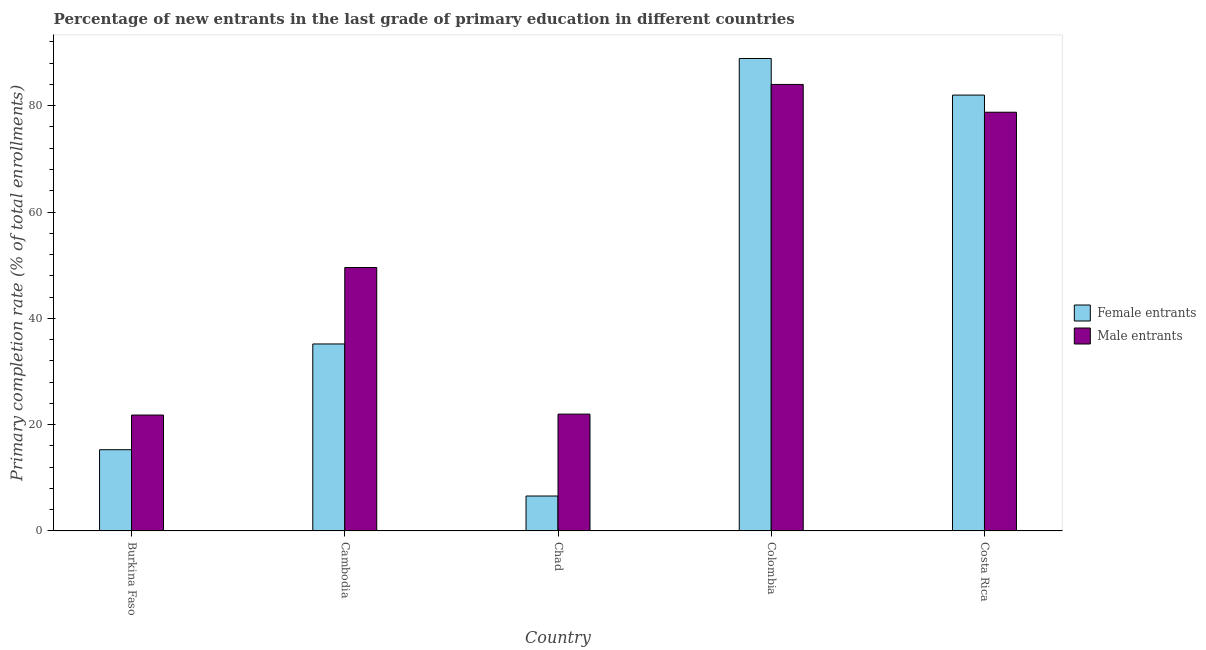
| Country | Female entrants | Male entrants |
 | --- | --- | --- |
 | Burkina Faso | 15.3 | 21.8 |
 | Cambodia | 35.2 | 49.6 |
 | Chad | 6.57 | 22 |
 | Colombia | 88.9 | 84 |
 | Costa Rica | 82 | 78.8 |